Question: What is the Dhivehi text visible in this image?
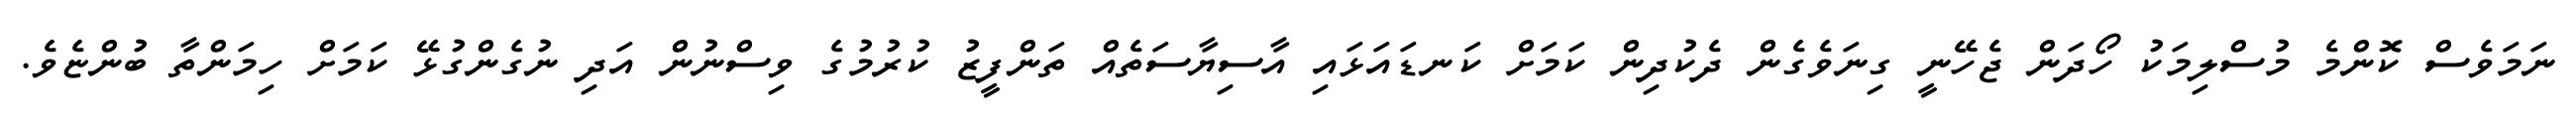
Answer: ނަމަވެސް ކޮންމެ މުސްލިމަކު ހޯދަން ޖެހޭނީ ގިނަވެގެން ދެކުދިން ކަމަށް ކަނޑައަޅައި އާސިޔާސަތެއް ތަންފީޒު ކުރުމުގެ ވިސްނުން އަދި ނުގެންގުޅޭ ކަމަށް ހިމަންތާ ބުންޏެވެ.